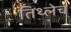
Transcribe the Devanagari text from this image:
तिथ्लेच